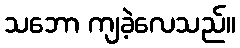
သဘော ကျခဲ့လေသည်။